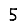
Digit: 5